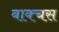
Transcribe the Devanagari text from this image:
बाक्चस